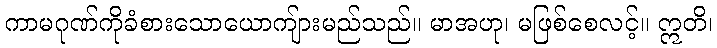
ကာမဂုဏ်ကိုခံစားသောယောကျ်ားမည်သည်။ မာအဟု၊ မဖြစ်စေလင့်။ ဣတိ၊